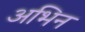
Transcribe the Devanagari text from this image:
अभिन